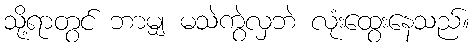
သို့ရာတွင် ဘာမျှ မသဲကွဲလှဘဲ လုံးထွေးနေသည်။